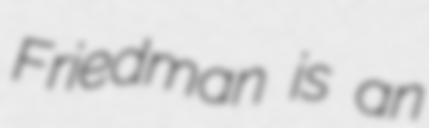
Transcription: Friedman is an